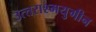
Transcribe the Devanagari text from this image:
उत्त्तराश्मयुगीन